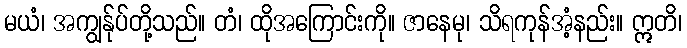
မယံ၊ အကျွန်ုပ်တို့သည်။ တံ၊ ထိုအကြောင်းကို။ ဇာနေမု၊ သိရကုန်အံ့နည်း။ ဣတိ၊